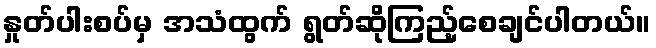
နှုတ်ပါးစပ်မှ အသံထွက် ရွတ်ဆိုကြည့်စေချင်ပါတယ်။